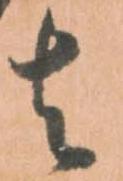
者